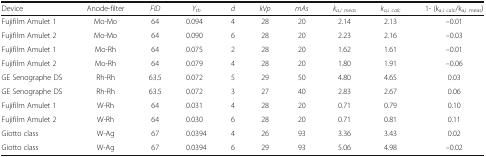
<table><thead><tr><td><b>Device</b></td><td><b>Anode-filter</b></td><td><b><i>FID</i></b></td><td><b><i>Y</i><sub><i>tb</i></sub></b></td><td><b><i>d</i></b></td><td><b><i>kVp</i></b></td><td><b><i>mAs</i></b></td><td><b><i>k</i><sub><i>a,i meas</i></sub></b></td><td><b><i>k</i><sub><i>a,i calc</i></sub></b></td><td><b>1- (k<sub>a,i calc</sub>/k<sub>a,i meas</sub>)</b></td></tr></thead><tbody><tr><td>Fujifilm Amulet 1</td><td>Mo-Mo</td><td>64</td><td>0.094</td><td>4</td><td>28</td><td>20</td><td>2.14</td><td>2.13</td><td>–0.01</td></tr><tr><td>Fujifilm Amulet 2</td><td>Mo-Mo</td><td>64</td><td>0.090</td><td>6</td><td>28</td><td>20</td><td>2.23</td><td>2.16</td><td>–0.03</td></tr><tr><td>Fujifilm Amulet 1</td><td>Mo-Rh</td><td>64</td><td>0.075</td><td>2</td><td>28</td><td>20</td><td>1.62</td><td>1.61</td><td>–0.01</td></tr><tr><td>Fujifilm Amulet 2</td><td>Mo-Rh</td><td>64</td><td>0.079</td><td>4</td><td>28</td><td>20</td><td>1.80</td><td>1.91</td><td>–0.06</td></tr><tr><td>GE Senographe DS</td><td>Rh-Rh</td><td>63.5</td><td>0.072</td><td>5</td><td>29</td><td>50</td><td>4.80</td><td>4.65</td><td>0.03</td></tr><tr><td>GE Senographe DS</td><td>Rh-Rh</td><td>63.5</td><td>0.072</td><td>3</td><td>27</td><td>40</td><td>2.83</td><td>2.67</td><td>0.06</td></tr><tr><td>Fujifilm Amulet 1</td><td>W-Rh</td><td>64</td><td>0.031</td><td>4</td><td>28</td><td>20</td><td>0.71</td><td>0.79</td><td>0.10</td></tr><tr><td>Fujifilm Amulet 2</td><td>W-Rh</td><td>64</td><td>0.030</td><td>6</td><td>28</td><td>20</td><td>0.71</td><td>0.81</td><td>0.11</td></tr><tr><td>Giotto class</td><td>W-Ag</td><td>67</td><td>0.0394</td><td>4</td><td>26</td><td>93</td><td>3.36</td><td>3.43</td><td>0.02</td></tr><tr><td>Giotto class</td><td>W-Ag</td><td>67</td><td>0.0394</td><td>6</td><td>29</td><td>93</td><td>5.06</td><td>4.98</td><td>–0.02</td></tr></tbody></table>